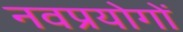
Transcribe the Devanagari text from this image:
नवप्रयोगों